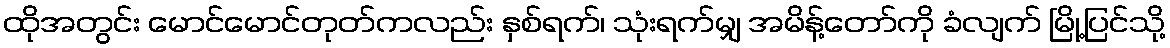
ထိုအတွင်း မောင်မောင်တုတ်ကလည်း နှစ်ရက်၊ သုံးရက်မျှ အမိန့်တော်ကို ခံလျက် မြို့ပြင်သို့